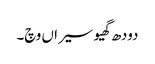
دودھ گھیو سیراں وچ۔